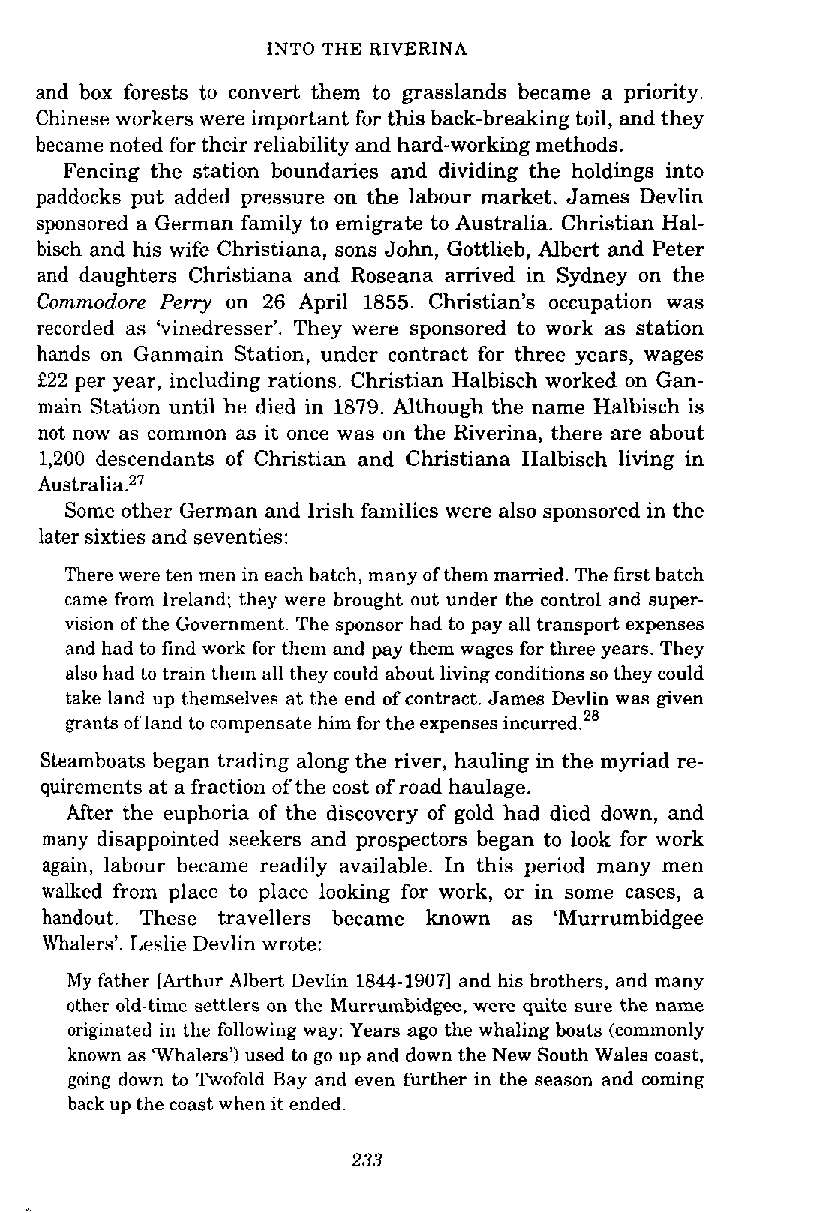
INTO THE RIVERINA
 and box forests to convert them to grasslands became a priority.
 Chinese workers were important for this back-breaking toil, and they
 became noted for their reliability and hard-working methods.
 Fencing the station boundaries and dividing the holdings into
 paddocks put added pressure on the labour market. James Devlin
 sponsored a German family to emigrate to Australia. Christian Hal-
 bisch and his wife Christiana, sons John, Gottlieb, Albert and Peter
 and daughters Christiana and Roseana arrived in Sydney on the
 Commodore Perry on 26 April 1855. Christian's occupation was
 recorded as 'vinedresser'. They were sponsored to work as station
 hands on Ganmain Station, under contract for three years, wages
 f22 per year, including rations. Christian Halbisch worked on Gan-
 main Station until he died in 1879. Although the name Halbisch is
 not now as common as it once was on the Riverina, there are about
 1,200 descendants of Christian and Christiana Halbisch living in
 Au~tralia.~~
 Some other German and Irish families were also sponsored in the
 later sixties and seventies:
 There were ten men in each batch, many of them married. The first batch
 came from Ireland; they were brought out under the control and super-
 vision of the Government. The sponsor had to pay all transport expenses
 and had to find work for them and pay them wages for three years. They
 also had to train them all they could about living conditions so they could
 take land up themselves at the end of contract. James Devlin was given
 grants of land to compensate him for the expenses incurred.28
 Steamboats began trading along the river, hauling in the myriad re-
 quirements at a fraction of the cost of road haulage.
 After the euphoria of the discovery of gold had died down, and
 many disappointed seekers and prospectors began to look for work
 again, labour became readily available. In this period many men
 walked from place to place looking for work, or in some cases, a
 handout. These travellers became known as 'Murrumbidgee
 Whalers'. Leslie Devlin wrote:
 My father [Arthur Albert Devlin 1844.19071 and his brothers, and many
 other old-time settlers on the Murrumbidgee, were quite sure the name
 originated in the following way: Years ago the whaling boats (commonly
 known as 'Whalers') used to go up and down the New South Wales coast,
 going down to Twofold Bay and even further in the season and coming
 back up the coast when it ended.